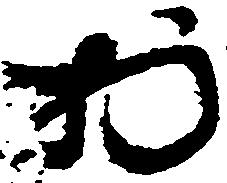
於